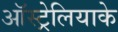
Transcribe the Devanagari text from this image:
ऑस्ट्रेलियाके